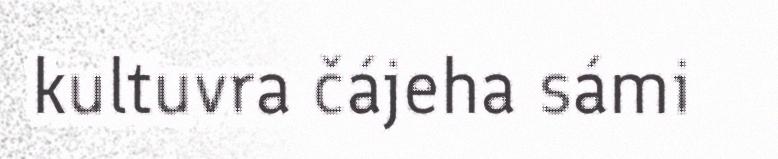
kultuvra čájeha sámi